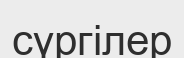
сүргілер